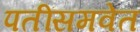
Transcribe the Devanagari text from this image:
पतींसमवेत